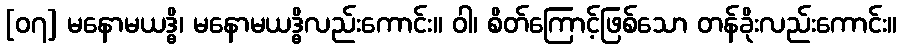
[၀၇] မနောမယဒ္ဓိ၊ မနောမယဒ္ဓိလည်းကောင်း။ ဝါ၊ စိတ်ကြောင့်ဖြစ်သော တန်ခိုးလည်းကောင်း။